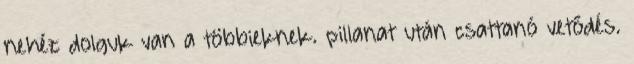
nehéz dolguk van a többieknek. pillanat után csattanó vetődés.